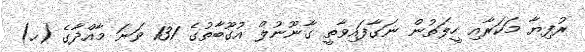
ރުފިޔާ މަކަރާއި ހީލަތުން ނަގާފައިވާތީ ގާނޫނުލް އުގޫބާތުގެ 131 ވަނަ މާއްދާގެ (ހ)